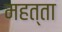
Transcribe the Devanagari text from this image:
महत्‍ता